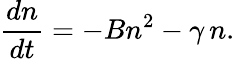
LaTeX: \frac{dn}{dt}=-Bn^{2}-\gamma\, n.